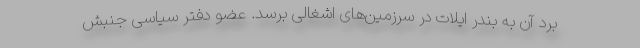
بُرد آن به بندر ایلات در سرزمین‌های اشغالی برسد. عضو دفتر سیاسی جنبش